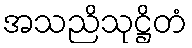
အသညိသုဋ္ဌိတံ